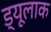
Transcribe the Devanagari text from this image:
ड्यूलाक